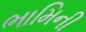
ભામિની